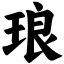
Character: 琅